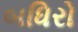
બધિરો